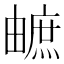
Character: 𤳐